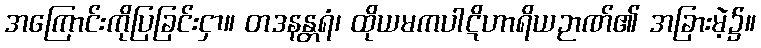
အကြောင်းကိုပြခြင်းငှာ။ တဒနန္တရံ၊ ထိုယမကပါဋိဟာရိယဉာဏ်၏ အခြားမဲ့၌။